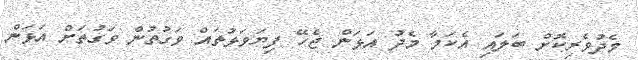
މެދުވެރިކޮށް ބަލައި އެކަމާ މެދު އަޅަން ޖެހޭ ފިޔަވަޅުތައް ވަގުތުން ވަގުތަށް އަޅަން